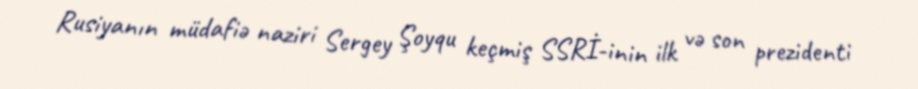
Rusiyanın müdafiə naziri Sergey Şoyqu keçmiş SSRİ-inin ilk və son prezidenti